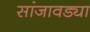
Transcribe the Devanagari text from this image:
सांजावड्या